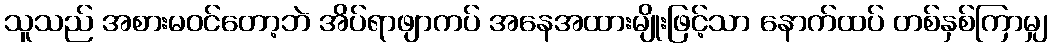
သူသည် အစားမဝင်တော့ဘဲ အိပ်ရာဖျာကပ် အနေအထားမျိုးဖြင့်သာ နောက်ထပ် တစ်နှစ်ကြာမျှ